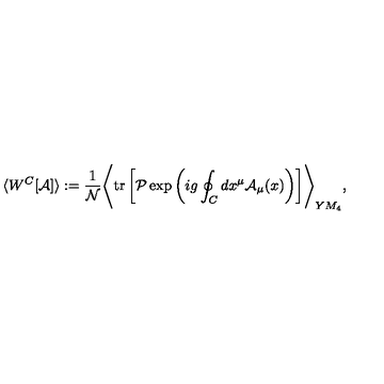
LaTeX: \langle W ^ { C } [ { \cal A } ] \rangle : = { \frac { 1 } { \cal N } } \Biggr \langle \mathrm { t r } \left[ { \cal P } \exp \left( i g \oint _ { C } d x ^ { \mu } { \cal A } _ { \mu } ( x ) \right) \right] \Biggr \rangle _ { Y M _ { 4 } } ,